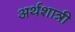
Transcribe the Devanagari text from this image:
अर्थशात्री